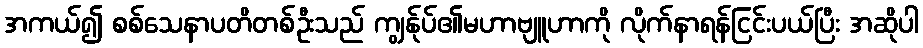
အကယ်၍ စစ်သေနာပတိတစ်ဦးသည် ကျွန်ုပ်၏မဟာဗျူဟာကို လိုက်နာရန်ငြင်းပယ်ပြီး အဆိုပါ